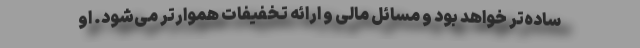
ساده‌تر خواهد بود و مسائل مالی و ارائه تخفیفات هموارتر می‌شود. او